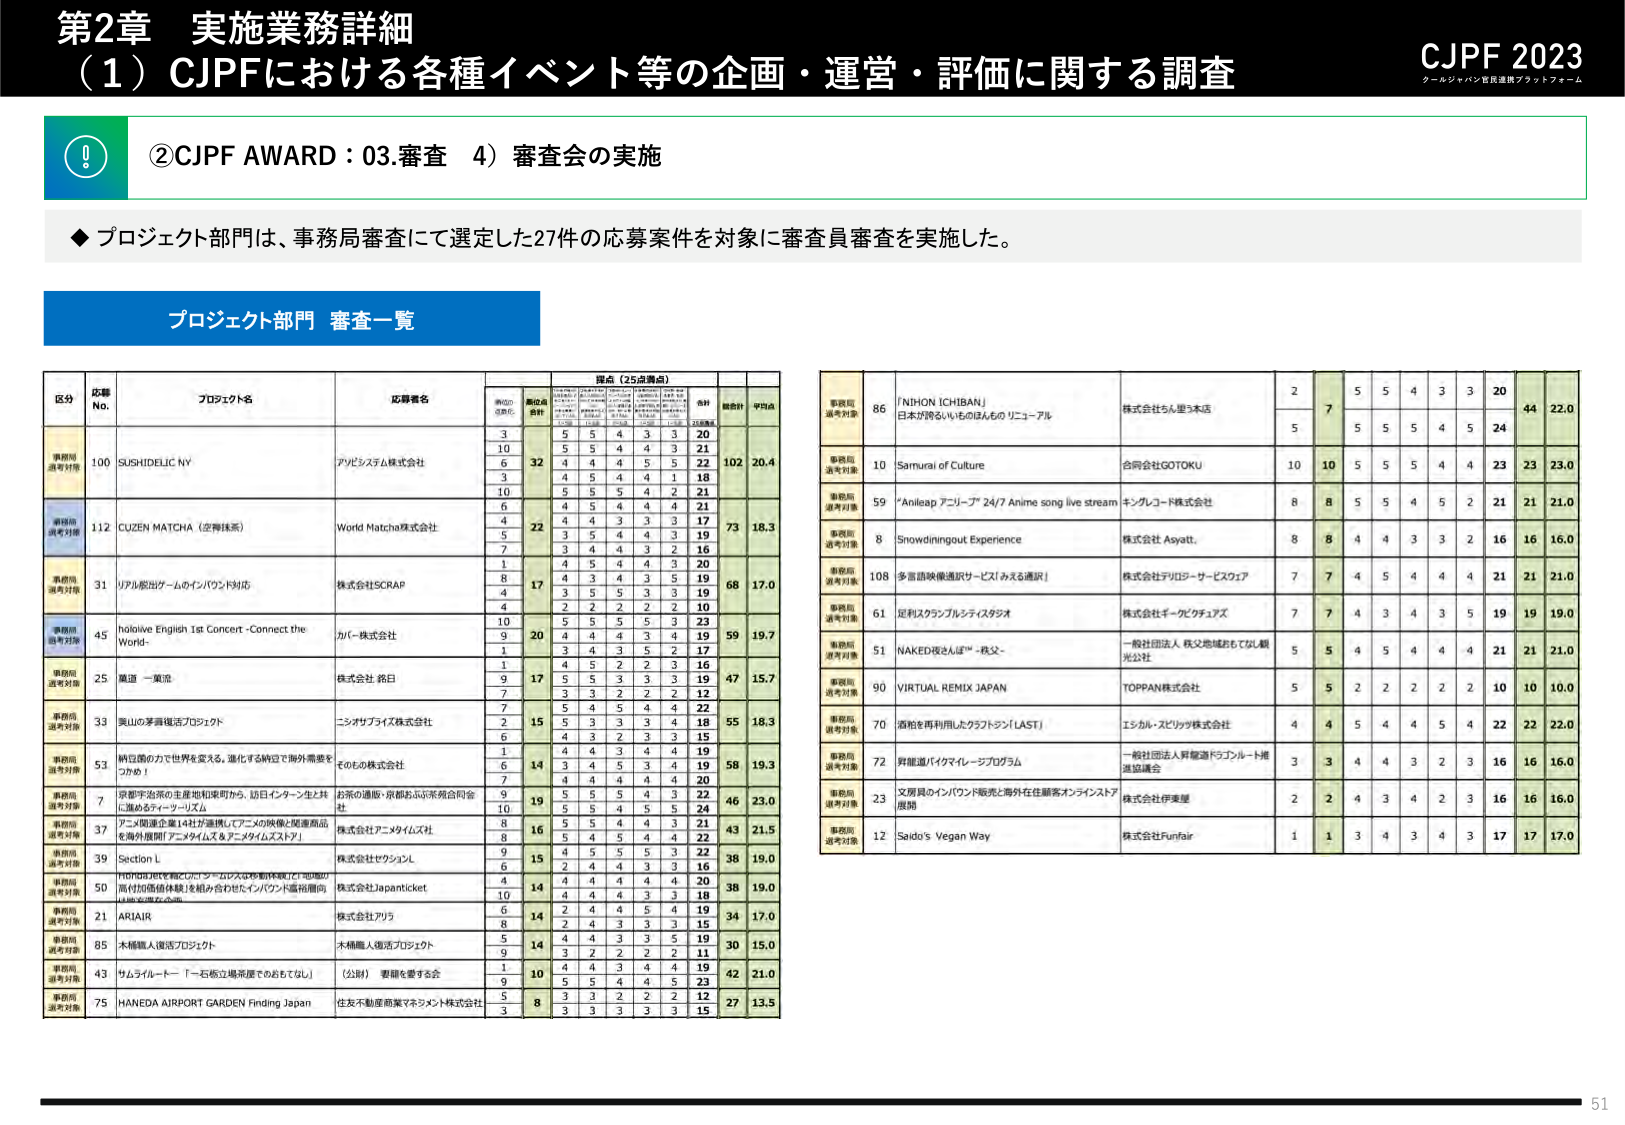
第2章 実施業務詳細
（1）CJPFにおける各種イベント等の企画・運営・評価に関する調査

CJPF 2023
クールジャパン普及連携プラットフォーム

②CJPF AWARD：03.審査 4）審査会の実施

◆プロジェクト部門は、事務局審査にて選定した27件の応募案件を対象に審査員審査を実施した。

プロジェクト部門 審査一覧

区分 応募No. プロジェクト名 応募者名 採点（25点満点）
（評価点） （評価点 合計） （点） （総合計） （平均点）

事務局選考対象
100 SUSHIDELIC NY アビシディム株式会社
3 5 5 4 3 3 20
5 5 4 4 3 3 21
6 4 4 4 5 5 22
3 4 5 4 4 1 18
10 5 5 5 4 2 21
合計 32 102 20.4

事務局選考対象
112 CUZEN MATCHA（空舞抹茶） World Matcha株式会社
6 4 5 4 4 4 21
4 4 4 3 3 3 17
5 3 5 4 4 3 19
7 3 4 4 3 2 16
合計 22 73 18.3

事務局選考対象
31 リアル脱出ゲームのインバウンド対応 株式会社SCRAP
1 4 5 4 4 3 20
8 4 3 4 3 4 18
4 3 5 5 3 3 19
4 2 2 2 2 2 10
合計 17 68 17.0

事務局選考対象
45 holoive English 1st Concert -Connect the World- カイ株式会社
10 5 5 5 5 3 23
9 4 4 4 3 4 19
1 3 4 3 5 2 17
合計 20 59 19.7

事務局選考対象
25 魔道 一風流 株式会社 銘日
1 4 5 2 2 3 16
9 5 5 3 3 3 19
7 3 3 2 2 2 12
合計 17 47 15.7

事務局選考対象
33 美山の茅葺復活プロジェクト ニシオブライズ株式会社
7 5 4 5 4 4 22
2 5 3 3 3 4 18
6 4 3 2 3 3 15
合計 15 55 18.3

事務局選考対象
53 納豆菌の力で世界を変える。進化する納豆で海外需要をつかむ！ そのもの株式会社
1 4 4 3 4 4 19
6 3 4 5 3 4 19
7 4 4 4 4 4 20
合計 14 58 19.3

事務局選考対象
7 京都宇治茶の生産地和束町から、訪日インバウンド生にお届けするティーツーリズム お茶の通販・京都おふじ茶苑合同会社
9 5 5 5 4 3 22
10 5 5 4 5 5 24
合計 19 46 23.0

事務局選考対象
37 アニメ関連企業14社が連携してアニメの映像と関連商品を海外展開「アニメタイムズ＆アニメタイムズストア」 株式会社アニメタイムズ社
8 5 5 4 4 3 21
8 5 4 5 4 4 22
9 4 5 3 5 3 22
合計 16 43 21.5

事務局選考対象
39 Section L 株式会社セクションL
9 2 4 4 3 3 16
合計 15 38 19.0

事務局選考対象
50 「HOTD3」を核とした「ゲームビジネスの動体視」に地域の高付加価値体験」を組み合わせたインバウンド産地展開（大阪府堺市） 株式会社Japanticket
4 4 4 4 4 4 20
10 4 4 4 3 3 18
合計 14 38 19.0

事務局選考対象
21 ARIAIR 株式会社アリラ
6 2 4 4 5 4 19
8 2 4 3 3 3 15
合計 14 34 17.0

事務局選考対象
85 木桶職人復活プロジェクト 木桶職人復活プロジェクト
5 4 4 3 3 5 19
9 3 2 2 2 2 11
合計 14 30 15.0

事務局選考対象
43 サムライルート 「一石板立場所屋でのおもてなし」 （公財） 要綱を要する会
1 4 4 3 4 4 19
9 5 5 4 4 5 23
5 3 3 2 2 2 12
合計 10 42 21.0

事務局選考対象
75 HANEDA AIRPORT GARDEN Finding Japan 住友不動産商業マネジメント株式会社
3 3 3 3 3 3 15
合計 8 27 13.5

事務局選考対象
86 「NHON ICHIBAN」 日本が誇るいもものほんもの リニューアル 株式会社らん星う木店
2 5 5 4 3 3 20
5 5 5 5 4 5 24
合計 7 44 22.0

事務局選考対象
10 Samurai of Culture 合同会社GOTOKU
10 10 5 5 5 4 4 23 23 23.0

事務局選考対象
59 “Anileap アニレープ” 24/7 Anime song live stream キングレコード株式会社
8 8 5 5 4 5 2 21 21 21.0

事務局選考対象
8 Snowdiningout Experience 株式会社 Asyatt.
8 8 4 4 3 3 2 16 16 16.0

事務局選考対象
108 多言語映像通訳サービス「みえる通訳」 株式会社デリローサービスウェア
7 7 4 5 4 4 4 21 21 21.0

事務局選考対象
61 足利スクランブルシティスタジオ 株式会社ギークビクチュアズ
7 7 4 3 4 3 5 19 19 19.0

事務局選考対象
51 NAKED夜さんぽ™ -秩父- 一般社団法人 秩父地域おもてなし観光公社
5 5 4 5 4 4 4 21 21 21.0

事務局選考対象
90 VIRTUAL REMIX JAPAN TOPPAN株式会社
5 5 2 2 2 2 2 10 10 10.0

事務局選考対象
70 酒粕を再利用したクラフトドリンク「LAST」 エシカル・ズビッツ株式会社
4 4 5 4 4 5 4 22 22 22.0

事務局選考対象
72 舞龍道バイマイルージュプログラム 一般社団法人昇龍道ドラゴンリート推進協議会
3 3 4 4 3 2 3 16 16 16.0

事務局選考対象
23 文房具のインバウンド販売と海外在住顧客オンラインストア展開 株式会社伊東屋
2 2 4 3 4 2 3 16 16 16.0

事務局選考対象
12 Saida’s Vegan Way 株式会社Funfair
1 1 3 4 3 4 3 17 17 17.0

51